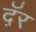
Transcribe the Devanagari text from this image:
दॅ़र